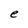
Character: e